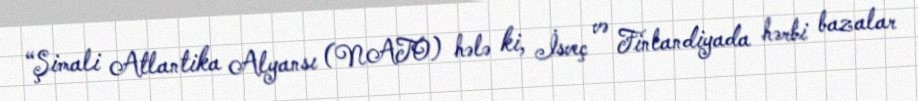
“Şimali Atlantika Alyansı (NATO) hələ ki, İsveç və Finlandiyada hərbi bazalar